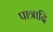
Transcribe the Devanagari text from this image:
पात्रादि